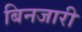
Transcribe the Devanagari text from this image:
बिनजारी